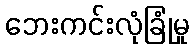
ဘေးကင်းလုံခြုံမှု